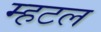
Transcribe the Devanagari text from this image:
म्हटल